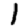
Digit: 1